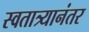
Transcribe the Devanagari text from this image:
स्वतात्र्यानंतर